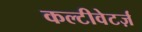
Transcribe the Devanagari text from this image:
कल्टीवेटर्ज़